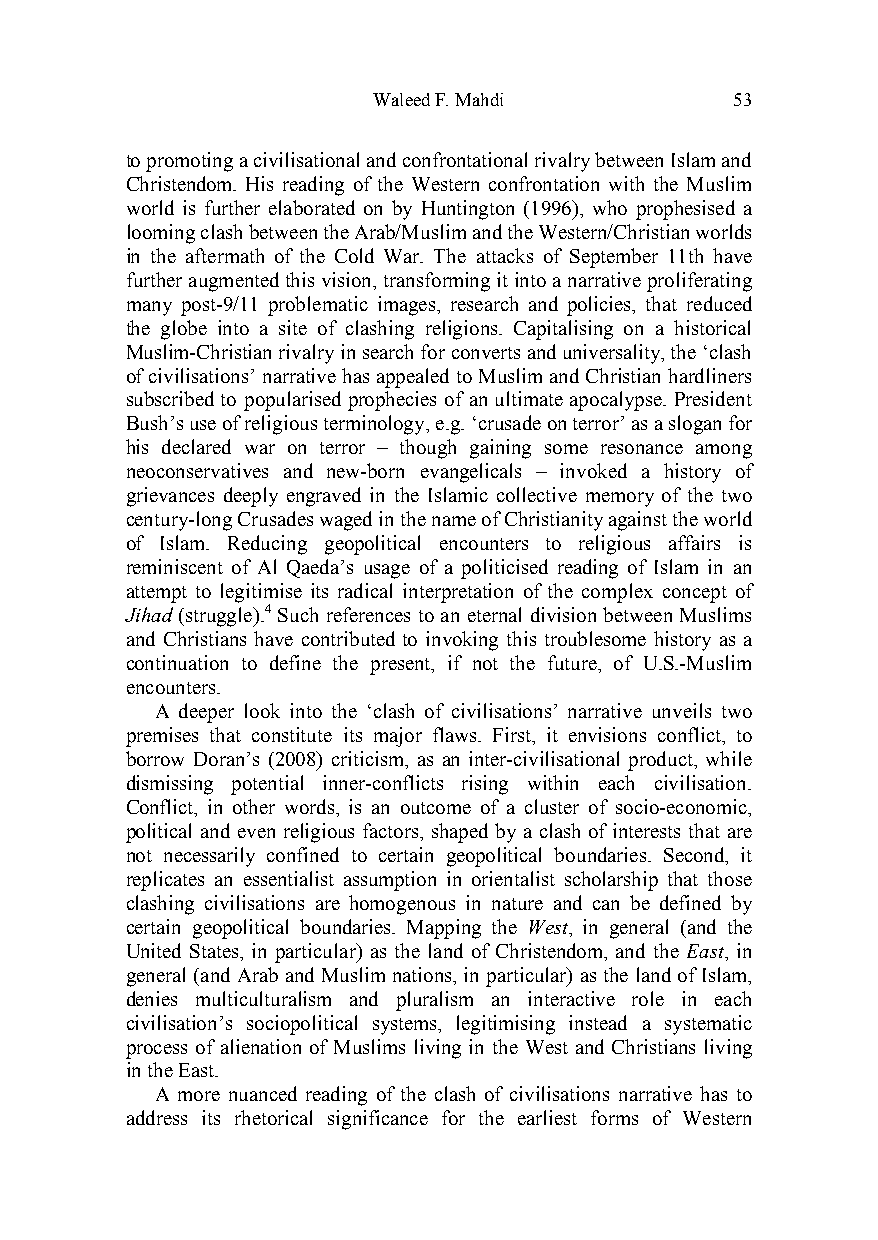
Waleed F. Mahdi         53
 to promoting a civilisational and confrontational rivalry between Islam and
 Christendom. His reading of the Western confrontation with the Muslim
 world is further elaborated on by Huntington (1996), who prophesised a
 looming clash between the Arab/Muslim and the Western/Christian worlds
 in the aftermath of the Cold War. The attacks of September 11th have
 further augmented this vision, transforming it into a narrative proliferating
 many post-9/11 problematic images, research and policies, that reduced
 the globe into a site of clashing religions. Capitalising on a historical
 Muslim-Christian rivalry in search for converts and universality, the ‘clash
 of civilisations’ narrative has appealed to Muslim and Christian hardliners
 subscribed to popularised prophecies of an ultimate apocalypse. President
 Bush’s use of religious terminology, e.g. ‘crusade on terror’ as a slogan for
 his declared war on terror – though gaining some resonance among
 neoconservatives and new-born evangelicals – invoked a history of
 grievances deeply engraved in the Islamic collective memory of the two
 century-long Crusades waged in the name of Christianity against the world
 of Islam. Reducing geopolitical encounters to religious affairs is
 reminiscent of Al Qaeda’s usage of a politicised reading of Islam in an
 attempt to legitimise its radical interpretation of the complex concept of
 Jihad (struggle).4 Such references to an eternal division between Muslims
 and Christians have contributed to invoking this troublesome history as a
 continuation to define the present, if not the future, of U.S.-Muslim
 encounters.
 A deeper look into the ‘clash of civilisations’ narrative unveils two
 premises that constitute its major flaws. First, it envisions conflict, to
 borrow Doran’s (2008) criticism, as an inter-civilisational product, while
 dismissing potential inner-conflicts rising within each civilisation.
 Conflict, in other words, is an outcome of a cluster of socio-economic,
 political and even religious factors, shaped by a clash of interests that are
 not necessarily confined to certain geopolitical boundaries. Second, it
 replicates an essentialist assumption in orientalist scholarship that those
 clashing civilisations are homogenous in nature and can be defined by
 certain geopolitical boundaries. Mapping the West, in general (and the
 United States, in particular) as the land of Christendom, and the East, in
 general (and Arab and Muslim nations, in particular) as the land of Islam,
 denies multiculturalism and pluralism an interactive role in each
 civilisation’s sociopolitical systems, legitimising instead a systematic
 process of alienation of Muslims living in the West and Christians living
 in the East.
 A more nuanced reading of the clash of civilisations narrative has to
 address its rhetorical significance for the earliest forms of Western